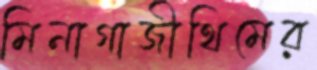
মিনাগাজীথিমের